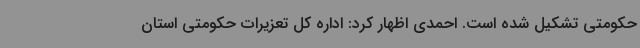
حکومتی تشکیل شده است. احمدی اظهار کرد: اداره کل تعزیرات حکومتی استان